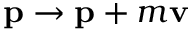
\mathbf { p } \rightarrow \mathbf { p } + m \mathbf { v }